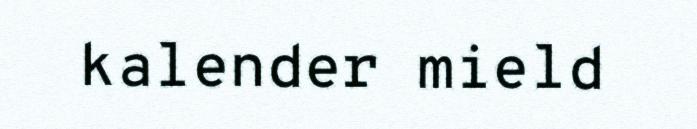
kalender mield